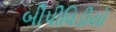
બીપીવિડીયો